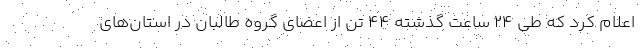
اعلام کرد که طی ۲۴ ساعت گذشته ۴۴ تن از اعضای گروه طالبان در استان‌های